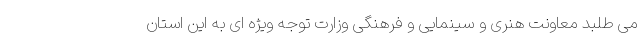
می طلبد معاونت هنری و سینمایی و فرهنگی وزارت توجه ویژه ای به این استان